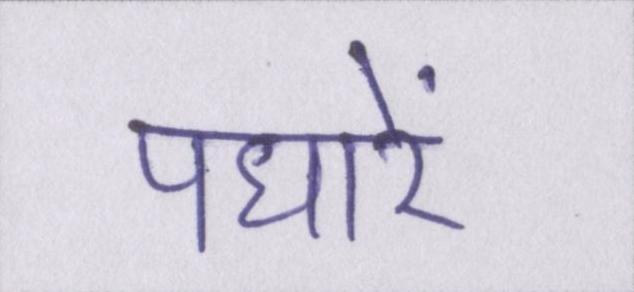
पधारें